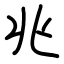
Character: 兆